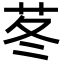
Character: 苳